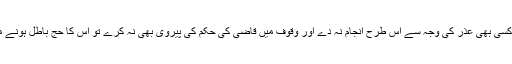
لیکن اگر اعمال حج کو کسی بھی عذر کی وجہ سے اس طرح انجام نہ دے اور وقوف میں قاضی کی حکم کی پیروی بھی نہ کرے تو اس کا حج باطل ہونے میں کوئ شک نہیں ہے۔